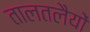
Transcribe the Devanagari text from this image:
तालतलैयों